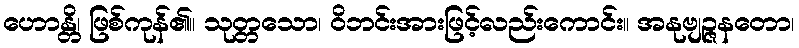
ဟောန္တိ၊ ဖြစ်ကုန်၏။ သုတ္တသော၊ ဝိဘင်းအားဖြင့်လည်းကောင်း။ အနုဗျဉ္ဇနတော၊